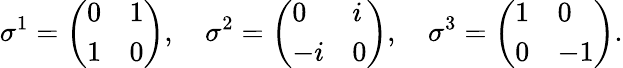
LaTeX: \sigma^{1}=\left(\begin{array}{ll}{{0}}&{{1}}\\ {{1}}&{{0}}\end{array}\right),\quad\sigma^{2}=\left(\begin{array}{ll}{{0}}&{{i}}\\ {{-i}}&{{0}}\end{array}\right),\quad\sigma^{3}=\left(\begin{array}{ll}{{1}}&{{0}}\\ {{0}}&{{-1}}\end{array}\right).